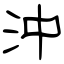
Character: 沖